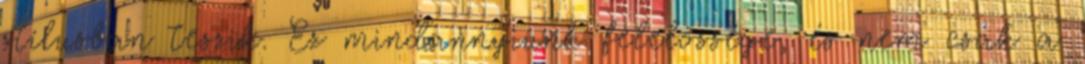
stí­lusban teszik. Ez mindannyiunk felelőssége, és nem csak a